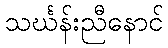
သင်္ဃန်းညီနောင်